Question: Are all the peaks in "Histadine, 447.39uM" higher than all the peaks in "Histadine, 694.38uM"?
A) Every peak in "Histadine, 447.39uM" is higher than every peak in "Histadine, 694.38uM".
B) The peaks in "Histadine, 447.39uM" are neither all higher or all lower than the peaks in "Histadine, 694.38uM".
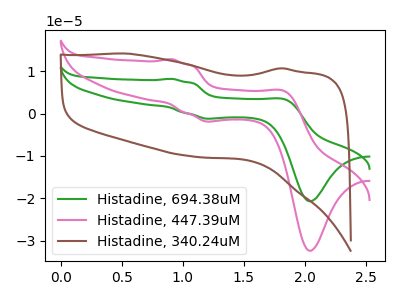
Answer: <think>The green curve "Histadine, 694.38uM" has anodic peaks at (0.90V, 8.20uA) (1.85V, 3.30uA) and cathodic peaks at (1.20V, -1.20uA) (2.05V, -20.70uA). The pink curve "Histadine, 447.39uM" has anodic peaks at (0.90V, 12.85uA) (1.85V, 5.20uA) and cathodic peaks at (1.20V, -1.85uA) (2.05V, -32.40uA). The brown curve "Histadine, 340.24uM" has no peaks.</think>
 <answer>A) Every peak in "Histadine, 447.39uM" is higher than every peak in "Histadine, 694.38uM".</answer>
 <eval>A</eval>